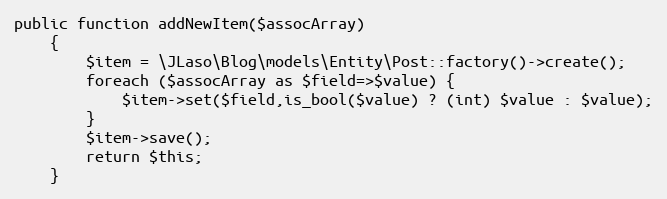
Language: PHP
public function addNewItem($assocArray)
    {
        $item = \JLaso\Blog\models\Entity\Post::factory()->create();
        foreach ($assocArray as $field=>$value) {
            $item->set($field,is_bool($value) ? (int) $value : $value);
        }
        $item->save();
        return $this;
    }